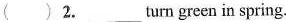
( ) 2.___turn green in spring.